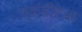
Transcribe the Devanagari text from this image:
एकवीरेचा